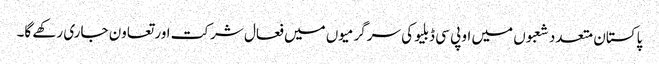
پاکستان متعدد شعبوں میں او پی سی ڈبلیو کی سرگرمیوں میں فعال شرکت اور تعاون جاری رکھے گا۔